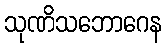
သုဏိသဘောဂေန